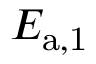
E _ { \mathrm { a , 1 } }